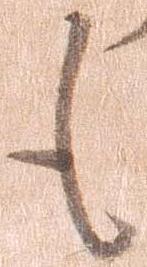
も